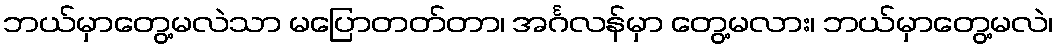
ဘယ်မှာတွေ့မလဲသာ မပြောတတ်တာ၊ အင်္ဂလန်မှာ တွေ့မလား၊ ဘယ်မှာတွေ့မလဲ၊